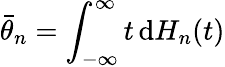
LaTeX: {\bar{\theta}}_{n}=\int_{-\infty}^{\infty}t\, \mathrm{d}H_{n}(t)